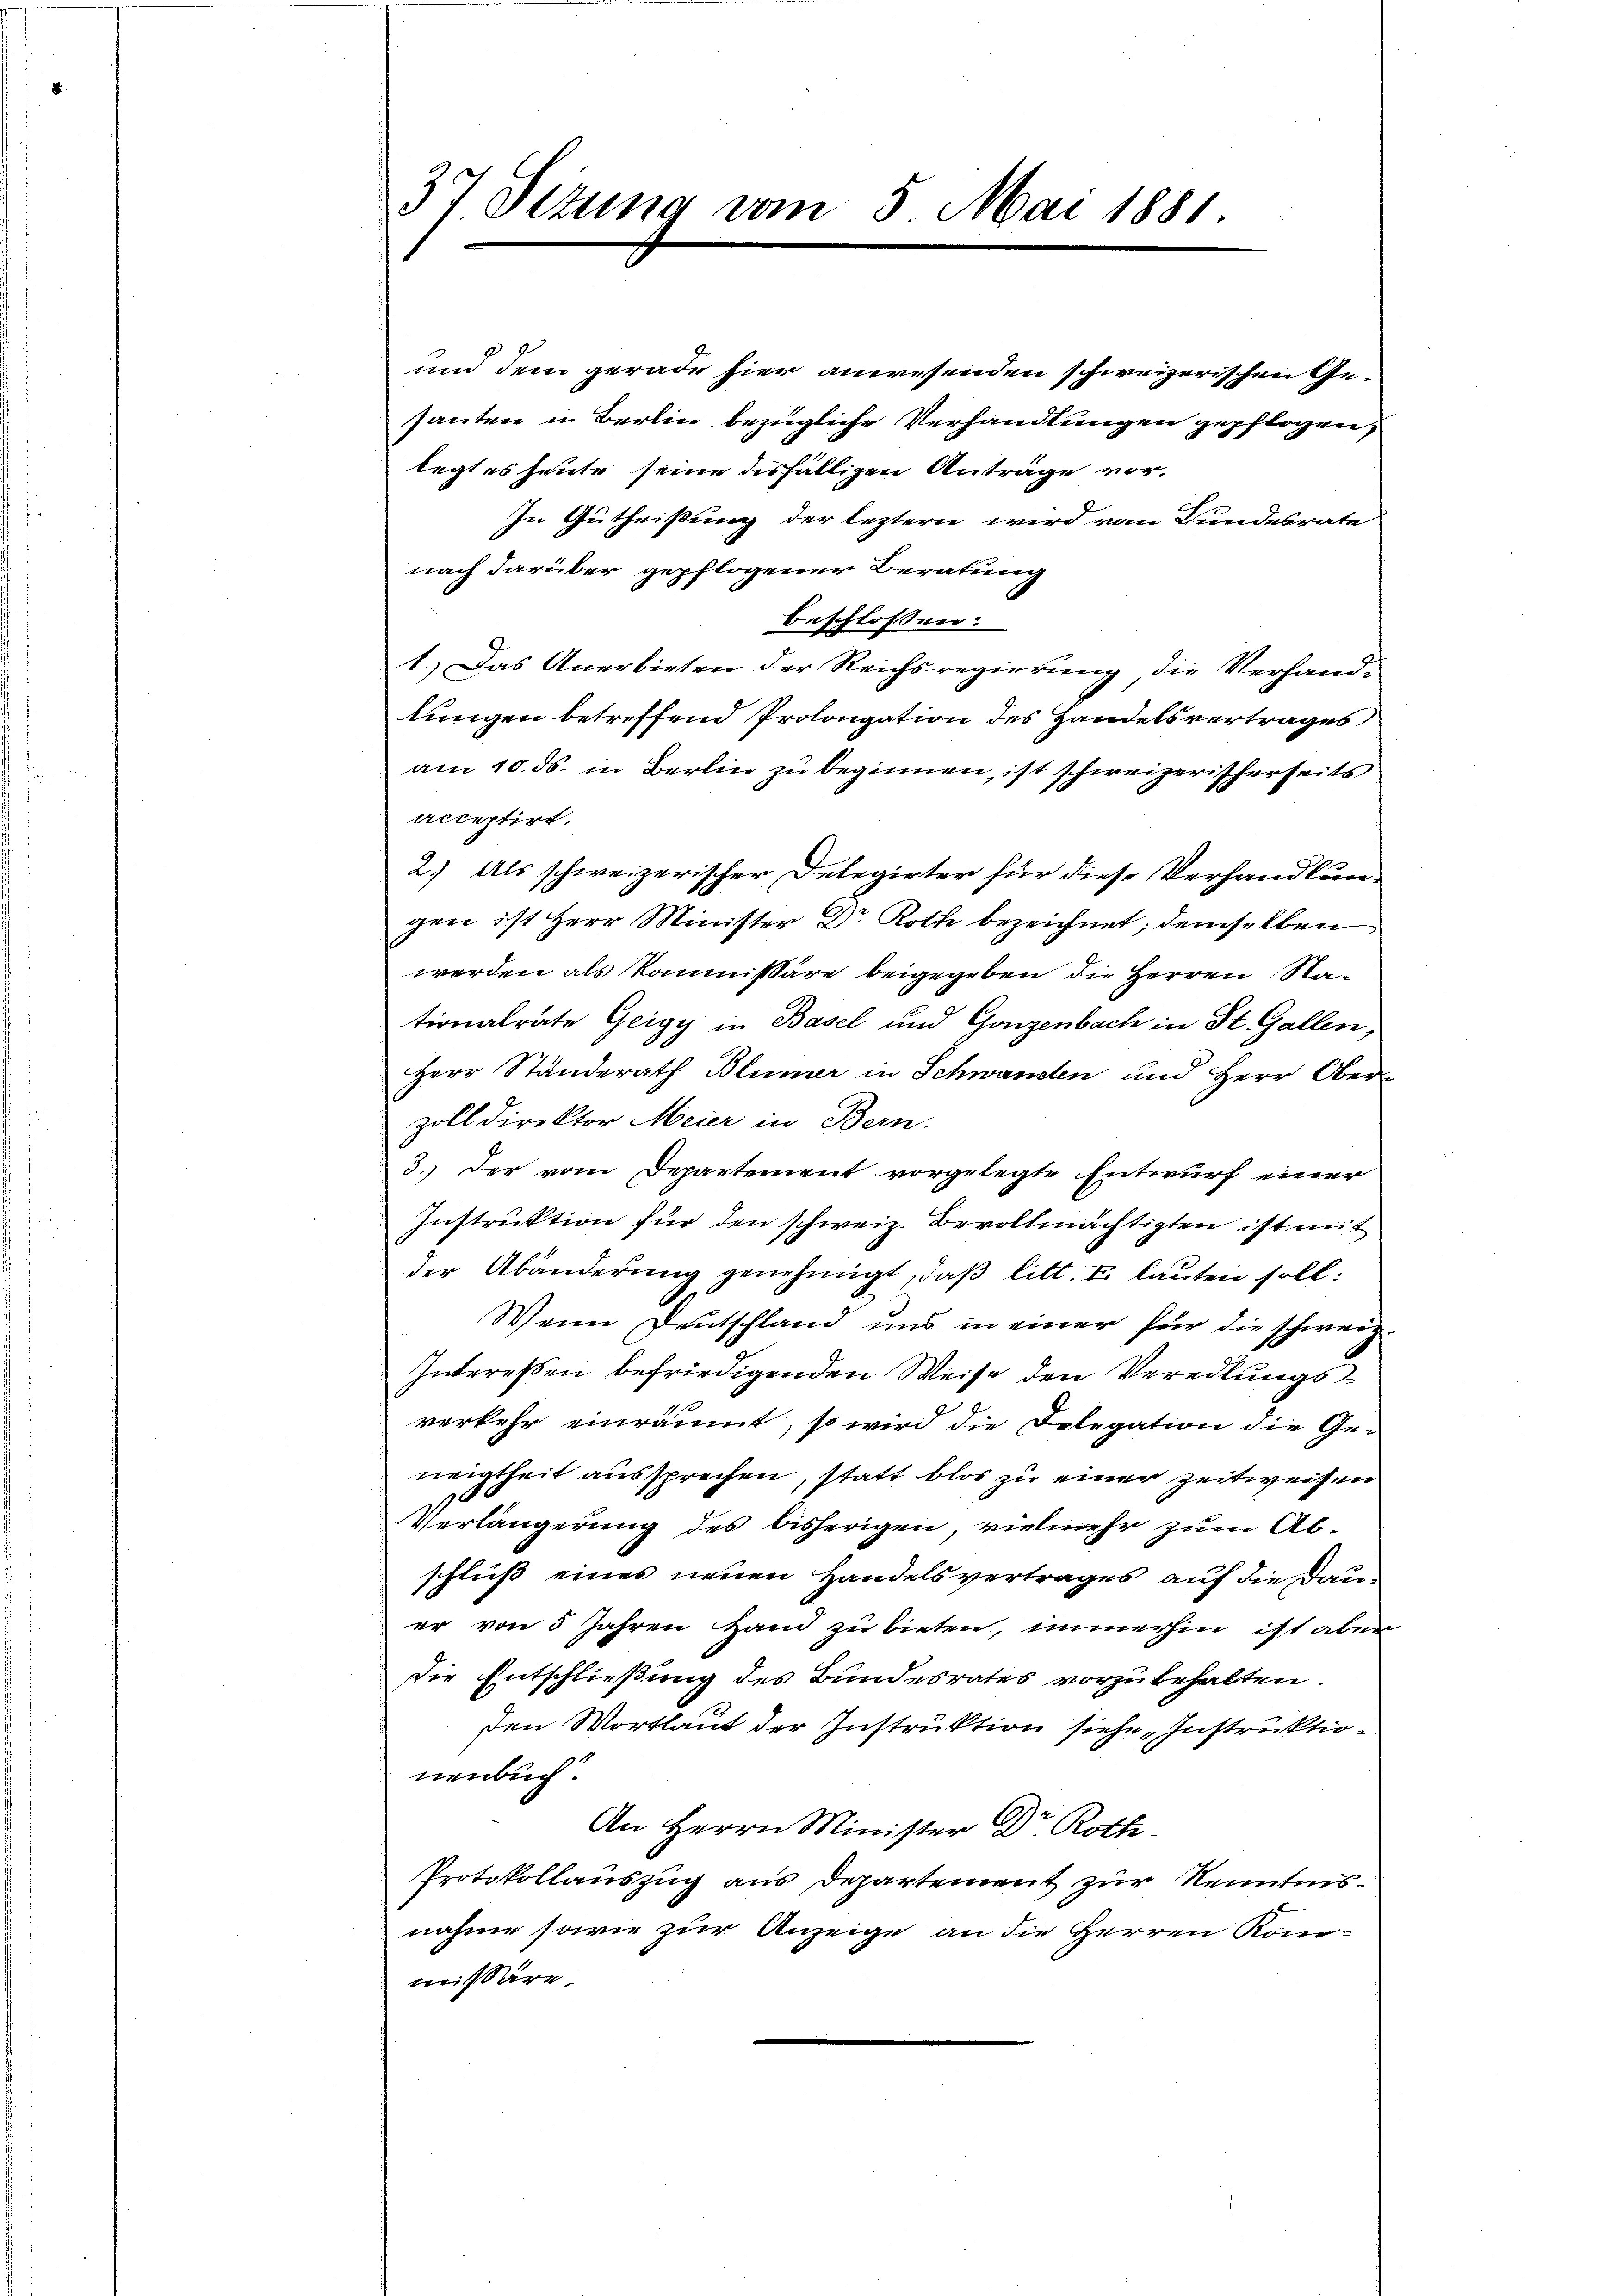
und dem gerade hier anwesenden schweizerischen Gesanten in Berlin bezügliche Verhandlungen gepflogen,
legt es heute seine disfälligen Anträge vor¬
In Gutheißung der leztern wird von Bundesrate
nach darüber gepflogener Beratung
beschlossen:
1.) Das Anerbieten der Reichsregierung die Verhand-
lungen betreffend Prolongation des Handelsvertrages
am 10. ds. in Berlin zu beginnen, ist schweizerischerseits
acceptirt.
2.) Als schweizerischer Delegirter für diese Verhandlung
gen ist Herr Minister Dr Roth bezeichnet, demselben
werden als Kommissäre beigegeben die Herren Nationalrate Geigy in Basel und Gonzenbach in St. Gallen,
Herr Ständerath Blümer in Schwanden und Herr Oberzolldirektor Meier in Bern.
3.) Der vom Departement vorgelegte Entwurf einer
Instruktion für den schweiz. Bevollmächtigten ist mit
der Abänderung genehmigt, daß litt. I. lauten soll:
Wenn Deutschland uns in einer für die schweiz
Interessen befriedigenden Weise den Veredlungss
verkehr einräumt, so wird die Delegation die Ge-
neigtheit aussprechen, statt blos zu einer Zeitweisen
96
Verlängerung des bisherigen, vielmehr zum Abschluß eines neuen Handelsvertrages auf die Dauer von 5 Jahren Hand zu bieten, immerhin ist aber
Die Entschließung des Bundesrates vorzubehalten.
den Wortlaut der Instruktion siehe Instruktionenbuch
An Herrn Minister Dr. Roth
Protokollauszug aus Departement zur Kenntnisnahme sowie zur Anzeige an die Herren Kom-
missäre.

37 Sizung vom 5. Mai 1881.